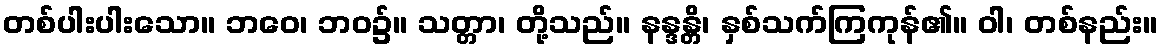
တစ်ပါးပါးသော။ ဘဝေ၊ ဘဝ၌။ သတ္တာ၊ တို့သည်။ နန္ဒန္တိ၊ နှစ်သက်ကြကုန်၏။ ဝါ၊ တစ်နည်း။